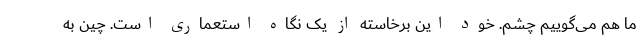
ما هم می‌گوییم چشم. خود این برخاسته از یک نگاه استعماری است. چین به